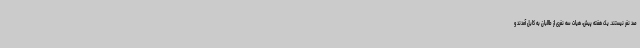
صد نفر نیستند. یک هفته پیش، هیات سه نفری از طالبان به کابل آمدند و